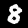
Digit: 8